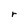
Character: r